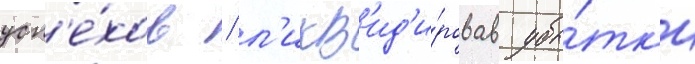
усп'е́хов / л'икв'ид'и́ровав убы́тк'и